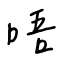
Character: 唔